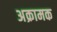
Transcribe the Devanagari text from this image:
अक्रामक